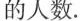
的人数。